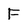
Character: F